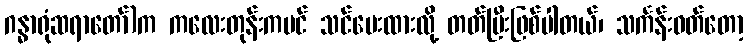
ဂန္ဓာရုံဆရာတော်)က ကလေးတုန်းကပင် သင်ပေးထားလို့ တတ်ပြီးဖြစ်ပါတယ်၊ သင်္ကန်းဝတ်တော့